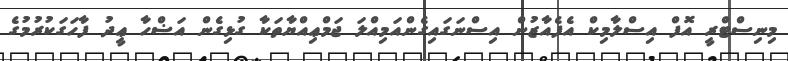
މިނިސްޓްރީ އޮފް އިސްލާމިކް އެފެއާޒުން އިސްނަގައިގެންއަމިއްލަ ޖަމްޢިއްޔާތަކާ ގުޅިގެން އަޟްހާ ޢީދު ފާހަގަކުރުމުގެ